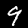
Label: 9